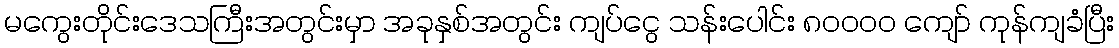
မကွေးတိုင်းဒေသကြီးအတွင်းမှာ အခုနှစ်အတွင်း ကျပ်ငွေ သန်းပေါင်း ၈၀၀၀၀ ကျော် ကုန်ကျခံပြီး